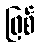
ဖြစ်